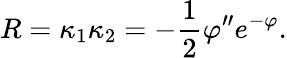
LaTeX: R=\kappa_{1}\kappa_{2}=-\frac{1}{2}\varphi^{\prime\prime}e^{-\varphi}.